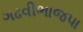
ગઢવીભાજપા